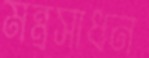
মন্ত্রসাধন